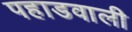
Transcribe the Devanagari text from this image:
पहाडवाली